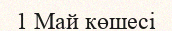
1 Май көшесі